Note on the mental hospitals in Burma - 1925-1940
Year: 1925
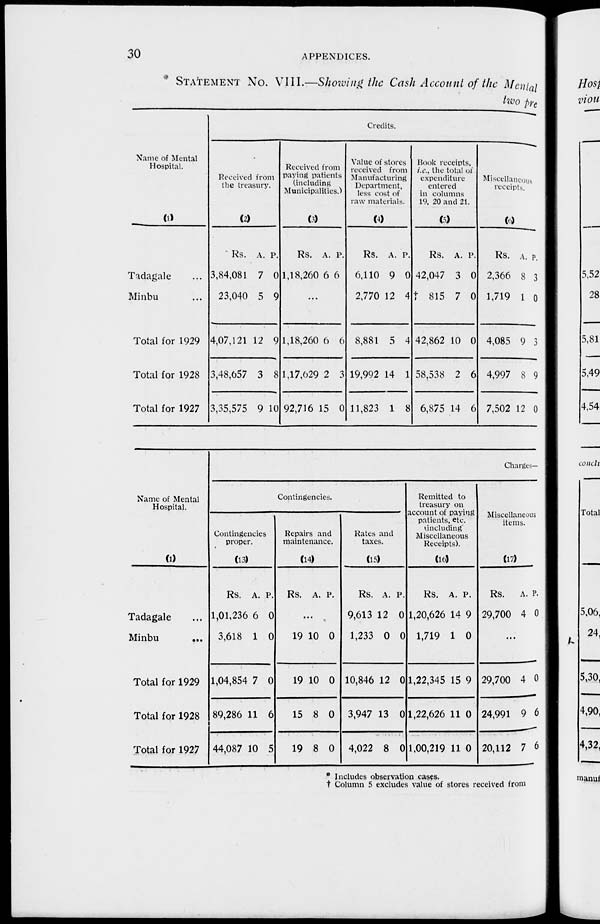
30
APPENDICES.
* STATEMENT No. VIII.—Showing the Cash Account of the Mental
two pre
Name of Mental
Hospital.
(1)
Tadagale ...
Minbu ...
Total for 1929
Total for 1928
Total for 1927
Credits.
Received from
the treasury.
(2)
Rs.
3,84,081
23,040
4,07,121
3,48,657
3,35,575
A.
7
5
12
3
9
P.
0
9
9
8
10
Received from
paying patients
(including
Municipalities.)
(3)
Rs.
1,18,260
A.
6
P.
6
...
1,18,260
1,17,629
92,716
6
2
15
6
3
0
Value of stores
received from
Manufacturing
Department,
less cost of
raw materials.
(4)
Rs.
6,110
2,770
8,881
19,992
11,823
A.
9
12
5
14
1
P.
0
4
4
1
8
Book receipts,
i.e., the total of
expenditure
entered
in columns
19, 20 and 21.
(5)
Rs.
42,047
815
42,862
58,538
6,875
A.
3
7
10
2
14
P.
0
0
0
6
6
Miscellaneous
receipts.
(6)
Rs.
2,366
1,719
4,085
4,997
7,502
A.
8
1
9
8
12
P.
3
0
3
9
0
Name of Mental
Hospital.
(1)
Tadagale ...
Minbu
...
Total for 1929
Total for 1928
Total for 1927
Charges—
Contingencies.
Contingencies
proper.
(13)
Rs.
1,01,236
3,618
1,04,854
89,286
44,087
A.
6
1
7
11
10
P.
0
0
0
6
5
Repairs and
maintenance.
(14)
Rs. A. P.
...
19
19
15
19
10
10
8
8
0
0
0
0
Rates and
taxes.
(15)
Rs.
9,613
1,233
10,846
3,947
4,022
A.
12
0
12
13
8
P.
0
0
0
0
0
Remitted to
treasury on
account of paying
patients, etc.
(including
Miscellaneous
Receipts).
(16)
Rs.
1,20,626
1,719
1,22,345
1,22,626
1,00,219
A.
14
1
15
11
11
P.
9
0
9
0
0
Miscellaneous
items.
(17)
Rs.
29,700
A.
4
P.
0
...
29,700
24,991
20,112
4
9
7
0
6
6
* Includes observation cases.
† Column 5 excludes value of stores received from